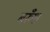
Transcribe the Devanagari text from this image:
बरुँश